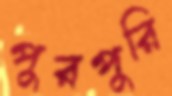
পুরপুরি